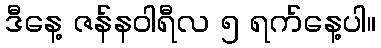
ဒီနေ့ ဇန်နဝါရီလ ၅ ရက်နေ့ပါ။